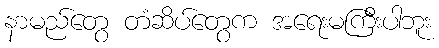
နာမည်တွေ တံဆိပ်တွေက အရေးမကြီးပါဘူး